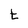
Character: t